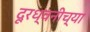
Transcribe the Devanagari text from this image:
दूरध्वनीच्या